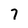
Character: 7